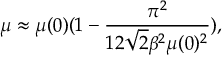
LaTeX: \mu \approx \mu ( 0 ) ( 1 - \frac { \pi ^ { 2 } } { 1 2 \sqrt { 2 } \beta ^ { 2 } \mu ( 0 ) ^ { 2 } } ) ,